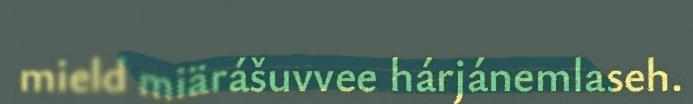
mield miärášuvvee hárjánemlaseh.